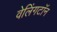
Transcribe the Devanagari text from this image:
वेलिंगटॉन